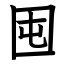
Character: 囤